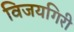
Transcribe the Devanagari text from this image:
विजयगिरी